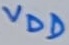
Text: VDD